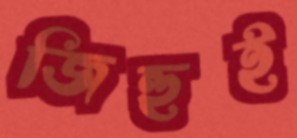
জিহুই